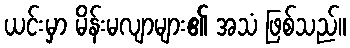
ယင်းမှာ မိန်းမလျာများ၏ အသံ ဖြစ်သည်။